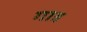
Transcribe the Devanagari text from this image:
गात्र